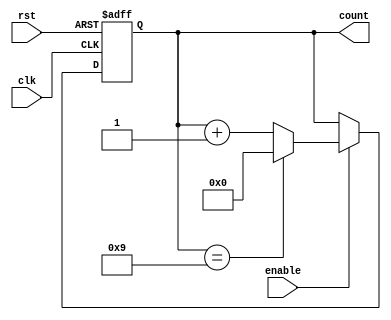
module ModulusCounter #(
    parameter N = 10 // Modulus value (must be greater than 0)
) (
    input wire clk,         // Clock signal
    input wire rst,         // Asynchronous reset signal
    input wire enable,      // Enable signal to start/stop counting
    output reg [N-1:0] count // N-bit wide output for the current count
);

    // Ensure that the modulus value is greater than 0
    initial begin
        if (N <= 0) begin
            $fatal("Modulus value N must be greater than 0");
        end
    end

    // Always block triggered on the rising edge of the clock
    always @(posedge clk or posedge rst) begin
        if (rst) begin
            count <= 0; // Reset the counter to 0
        end else if (enable) begin
            if (count == (N - 1)) begin
                count <= 0; // Reset to 0 if maximum count is reached
            end else begin
                count <= count + 1; // Increment the counter
            end
        end
    end

endmodule